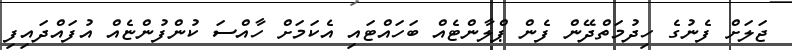
ޖަލަަށް ފެނުގެ ހިދުމަތްދޭން ފެން ޕްލާންޓެއް ބަހައްޓައި އެކަމަށް ހާއްސަ ކުންފުންޏެއް އުފައްދައިފި